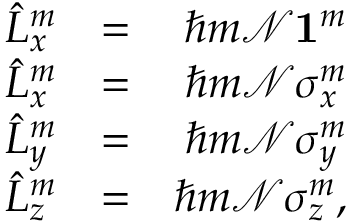
\begin{array} { r l r } { \hat { L } _ { x } ^ { m } } & { = } & { \hbar m { \mathcal N } { \bf 1 } ^ { m } } \\ { \hat { L } _ { x } ^ { m } } & { = } & { \hbar m { \mathcal N } \sigma _ { x } ^ { m } } \\ { \hat { L } _ { y } ^ { m } } & { = } & { \hbar m { \mathcal N } \sigma _ { y } ^ { m } } \\ { \hat { L } _ { z } ^ { m } } & { = } & { \hbar m { \mathcal N } \sigma _ { z } ^ { m } , } \end{array}